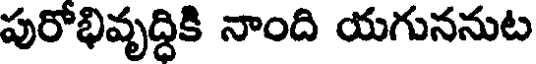
పురోభివృద్ధికి నాంది యగుననుట